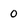
Character: O